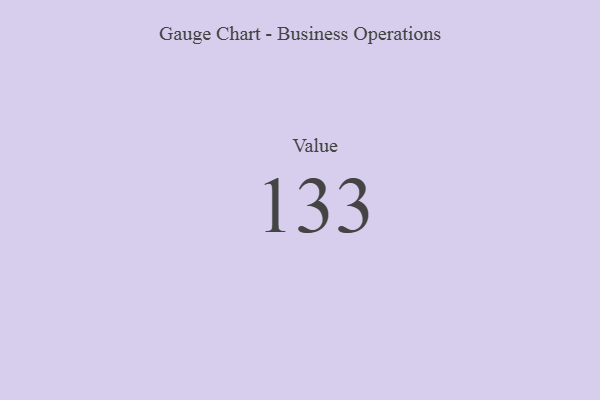
{"axis": {"x": "Metric", "y": "Value"}, "legend": [""], "data": [{"x": "Value", "y": 133, "type": ""}]}